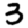
Digit: 3